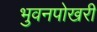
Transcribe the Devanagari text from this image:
भुवनपोखरी